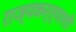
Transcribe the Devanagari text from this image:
राज्यकर्त्याशी